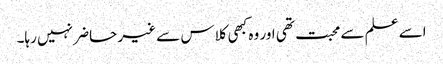
اسے علم سے محبت تھی اور وہ کبھی کلاس سے غیر حاضر نہیں رہا۔